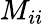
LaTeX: M_{ii}